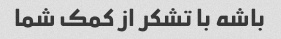
باشه با تشکر از کمک شما